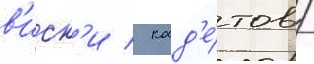
в'иск'и / кад'е́тов /